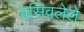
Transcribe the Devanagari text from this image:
वसिवलेले